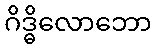
ဂိဒ္ဓိလောဘော